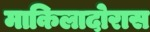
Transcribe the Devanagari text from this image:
माकिलादोरास